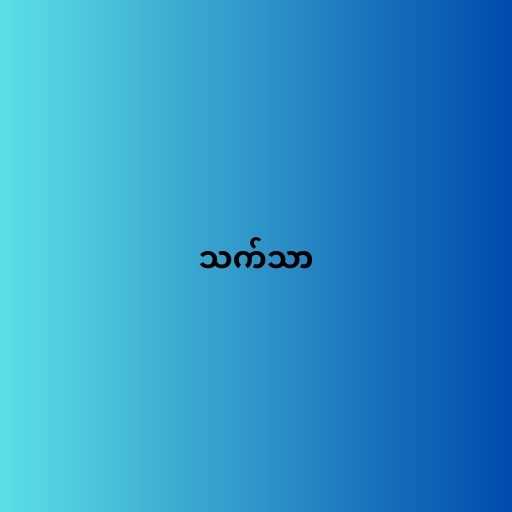
သက်သာ